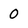
Character: 0